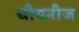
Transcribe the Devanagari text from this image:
चीयनीज